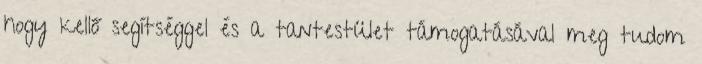
hogy kellő segítséggel és a tantestület támogatásával meg tudom